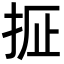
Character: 𫼢